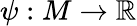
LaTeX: \psi:M\to\mathbb{R}